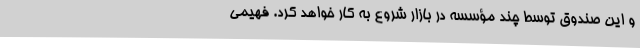
و این صندوق توسط چند مؤسسه در بازار شروع به کار خواهد کرد. فهیمی